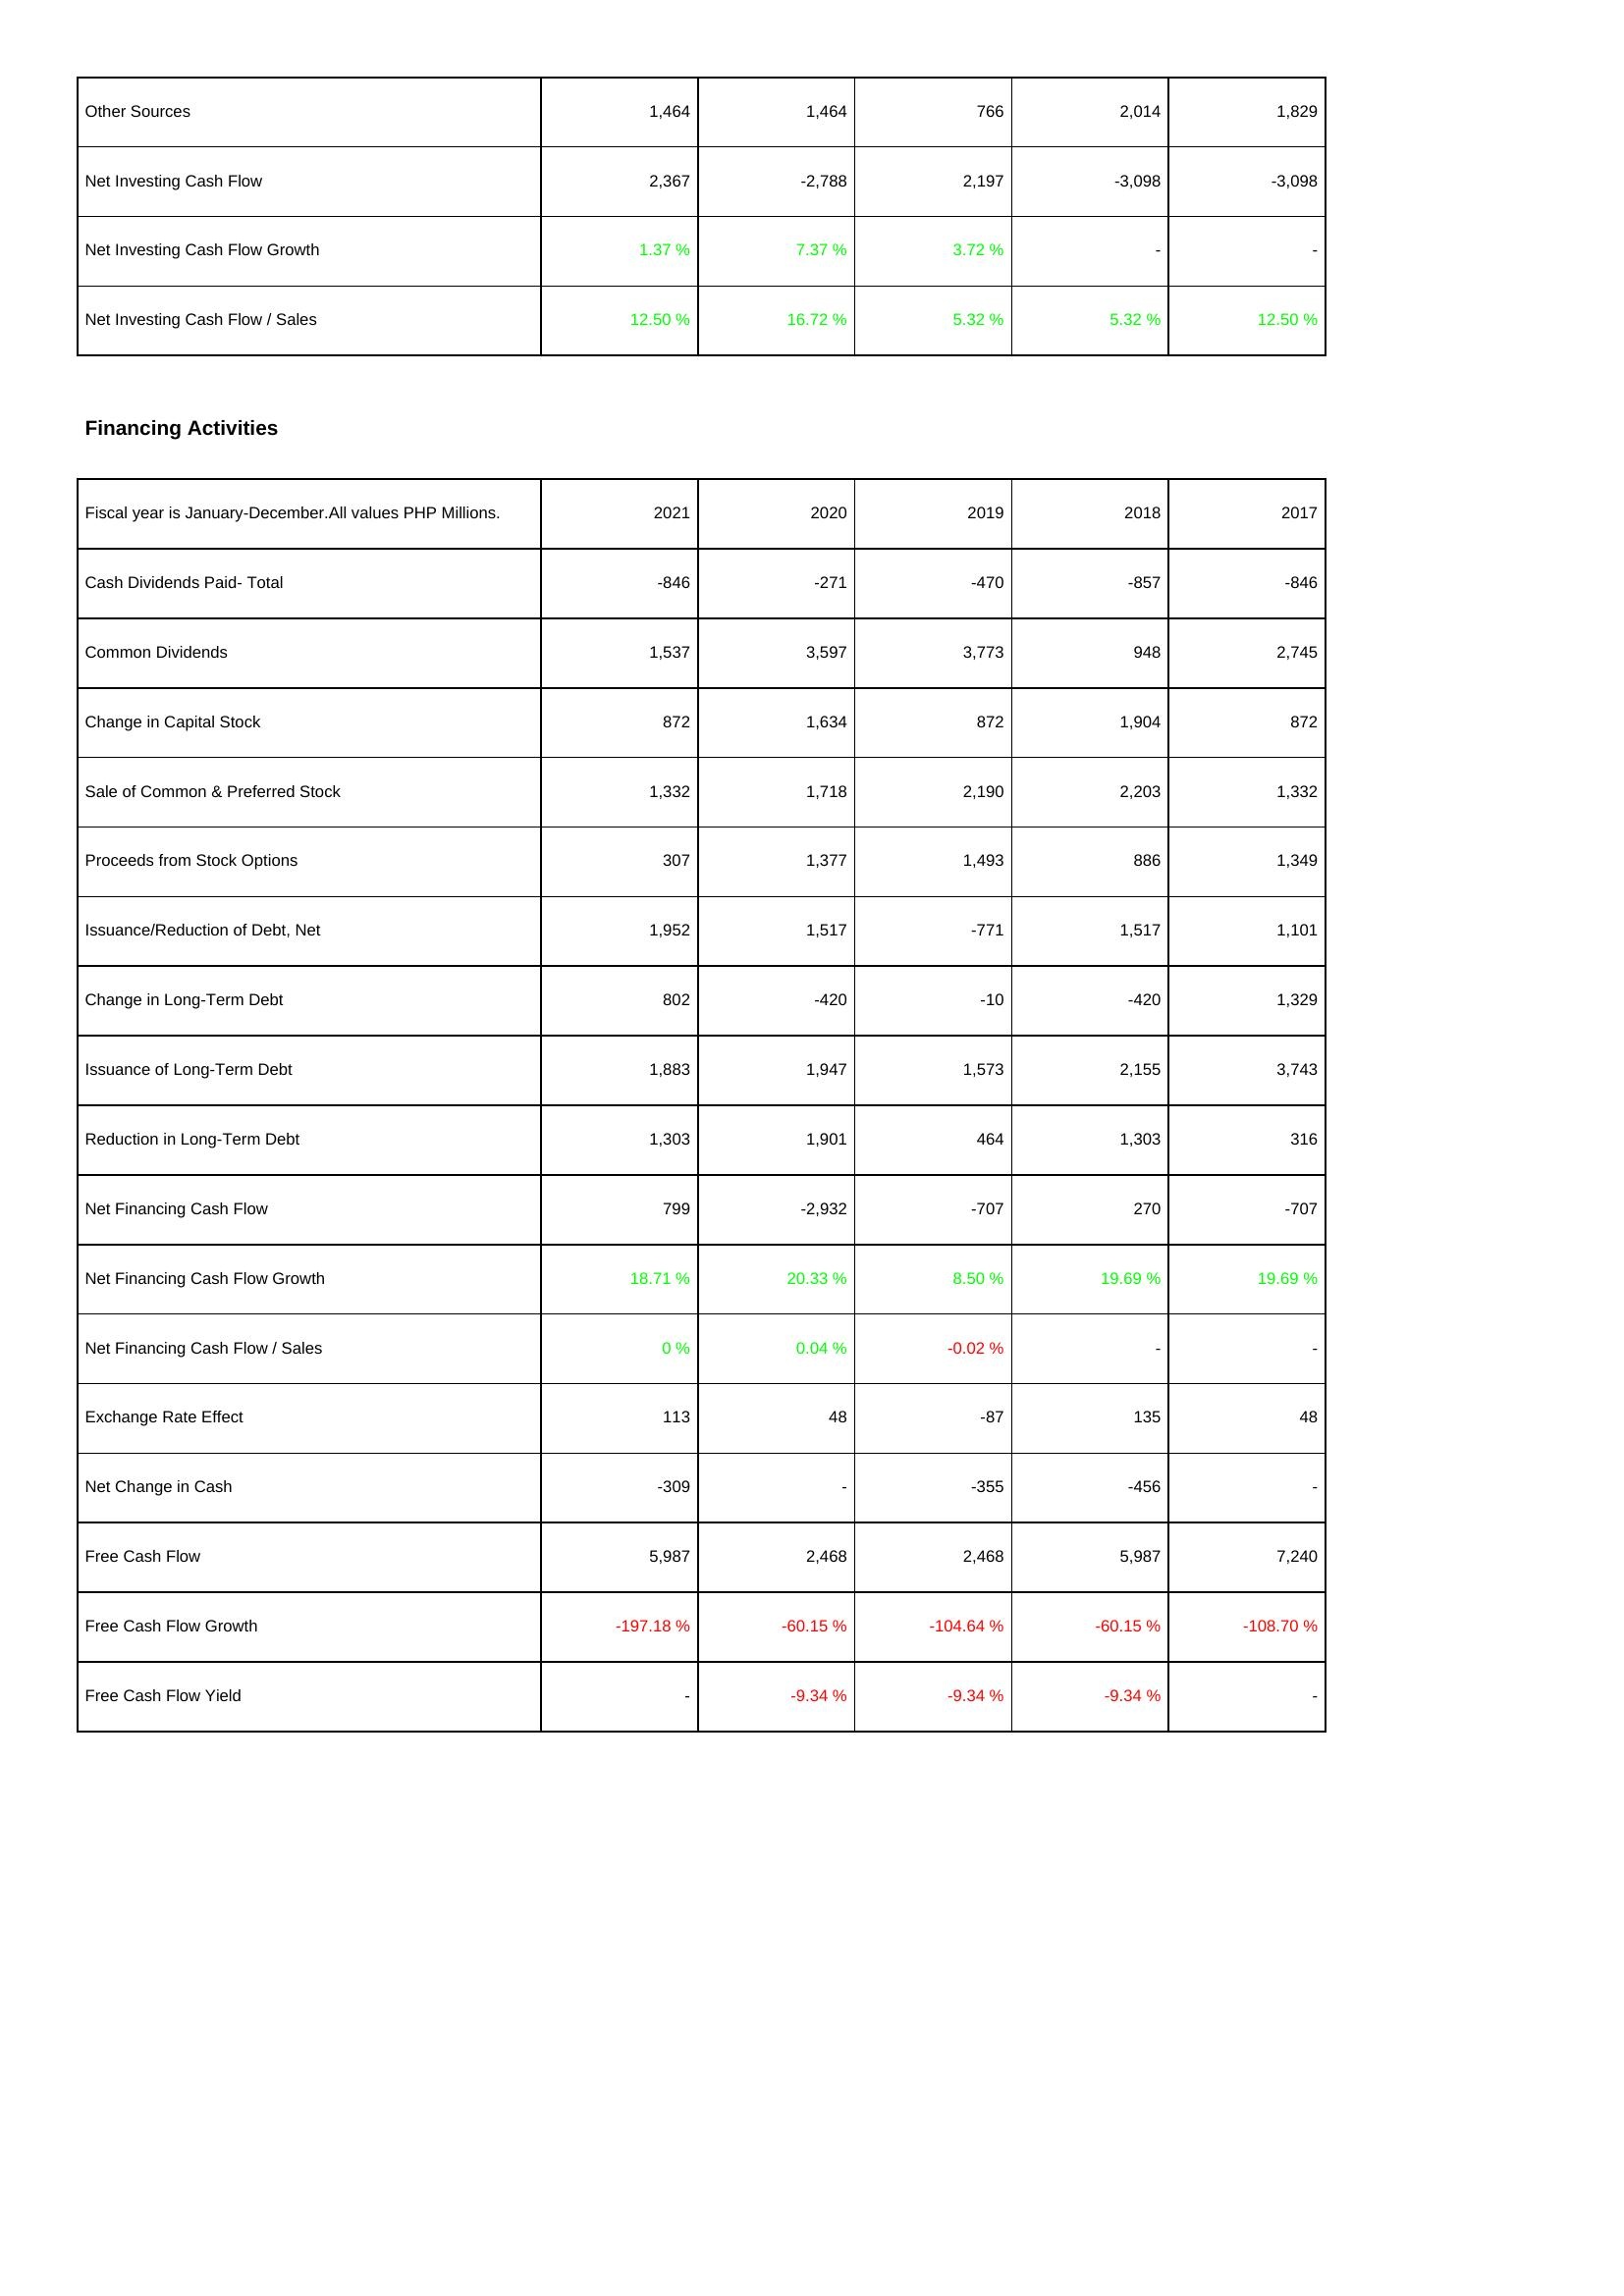
2021: Investing Activities: Other Sources: 1,464
Net Investing Cash Flow: 2,367
Net Investing Cash Flow Growth: 1.37 %
Net Investing Cash Flow / Sales: 12.50 %
Financing Activities: Cash Dividends Paid- Total: -846
Common Dividends: 1,537
Change in Capital Stock: 872
Sale of Common & Preferred Stock: 1,332
Proceeds from Stock Options: 307
Issuance/Reduction of Debt, Net: 1,952
Change in Long-Term Debt: 802
Issuance of Long-Term Debt: 1,883
Reduction in Long-Term Debt: 1,303
Net Financing Cash Flow: 799
Net Financing Cash Flow Growth: 18.71 %
Net Financing Cash Flow / Sales: 0 %
Exchange Rate Effect: 113
Net Change in Cash: -309
Free Cash Flow: 5,987
Free Cash Flow Growth: -197.18 %
Free Cash Flow Yield: -
2020: Investing Activities: Other Sources: 1,464
Net Investing Cash Flow: -2,788
Net Investing Cash Flow Growth: 7.37 %
Net Investing Cash Flow / Sales: 16.72 %
Financing Activities: Cash Dividends Paid- Total: -271
Common Dividends: 3,597
Change in Capital Stock: 1,634
Sale of Common & Preferred Stock: 1,718
Proceeds from Stock Options: 1,377
Issuance/Reduction of Debt, Net: 1,517
Change in Long-Term Debt: -420
Issuance of Long-Term Debt: 1,947
Reduction in Long-Term Debt: 1,901
Net Financing Cash Flow: -2,932
Net Financing Cash Flow Growth: 20.33 %
Net Financing Cash Flow / Sales: 0.04 %
Exchange Rate Effect: 48
Net Change in Cash: -
Free Cash Flow: 2,468
Free Cash Flow Growth: -60.15 %
Free Cash Flow Yield: -9.34 %
2019: Investing Activities: Other Sources: 766
Net Investing Cash Flow: 2,197
Net Investing Cash Flow Growth: 3.72 %
Net Investing Cash Flow / Sales: 5.32 %
Financing Activities: Cash Dividends Paid- Total: -470
Common Dividends: 3,773
Change in Capital Stock: 872
Sale of Common & Preferred Stock: 2,190
Proceeds from Stock Options: 1,493
Issuance/Reduction of Debt, Net: -771
Change in Long-Term Debt: -10
Issuance of Long-Term Debt: 1,573
Reduction in Long-Term Debt: 464
Net Financing Cash Flow: -707
Net Financing Cash Flow Growth: 8.50 %
Net Financing Cash Flow / Sales: -0.02 %
Exchange Rate Effect: -87
Net Change in Cash: -355
Free Cash Flow: 2,468
Free Cash Flow Growth: -104.64 %
Free Cash Flow Yield: -9.34 %
2018: Investing Activities: Other Sources: 2,014
Net Investing Cash Flow: -3,098
Net Investing Cash Flow Growth: -
Net Investing Cash Flow / Sales: 5.32 %
Financing Activities: Cash Dividends Paid- Total: -857
Common Dividends: 948
Change in Capital Stock: 1,904
Sale of Common & Preferred Stock: 2,203
Proceeds from Stock Options: 886
Issuance/Reduction of Debt, Net: 1,517
Change in Long-Term Debt: -420
Issuance of Long-Term Debt: 2,155
Reduction in Long-Term Debt: 1,303
Net Financing Cash Flow: 270
Net Financing Cash Flow Growth: 19.69 %
Net Financing Cash Flow / Sales: -
Exchange Rate Effect: 135
Net Change in Cash: -456
Free Cash Flow: 5,987
Free Cash Flow Growth: -60.15 %
Free Cash Flow Yield: -9.34 %
2017: Investing Activities: Other Sources: 1,829
Net Investing Cash Flow: -3,098
Net Investing Cash Flow Growth: -
Net Investing Cash Flow / Sales: 12.50 %
Financing Activities: Cash Dividends Paid- Total: -846
Common Dividends: 2,745
Change in Capital Stock: 872
Sale of Common & Preferred Stock: 1,332
Proceeds from Stock Options: 1,349
Issuance/Reduction of Debt, Net: 1,101
Change in Long-Term Debt: 1,329
Issuance of Long-Term Debt: 3,743
Reduction in Long-Term Debt: 316
Net Financing Cash Flow: -707
Net Financing Cash Flow Growth: 19.69 %
Net Financing Cash Flow / Sales: -
Exchange Rate Effect: 48
Net Change in Cash: -
Free Cash Flow: 7,240
Free Cash Flow Growth: -108.70 %
Free Cash Flow Yield: -